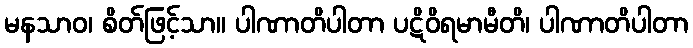
မနသာဝ၊ စိတ်ဖြင့်သာ။ ပါဏာတိပါတာ ပဋိဝိရမာမီတိ၊ ပါဏာတိပါတာ